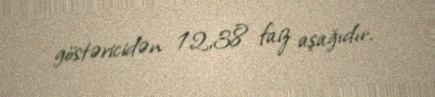
göstəricidən 12,38 faiz aşağıdır.